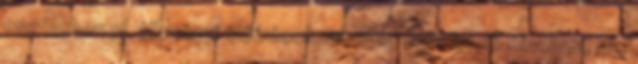
esetekben pl. törvényi előírásoknak meg nem felelő kérelem, res